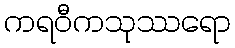
ကရဝီကသုဿရော